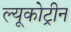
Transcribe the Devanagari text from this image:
ल्यूकोट्रीन